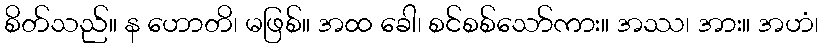
စိတ်သည်။ န ဟောတိ၊ မဖြစ်။ အထ ခေါ၊ စင်စစ်သော်ကား။ အဿ၊ အား။ အဟံ၊